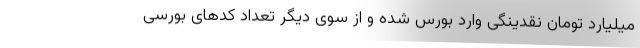
میلیارد تومان نقدینگی وارد بورس شده و از سوی دیگر تعداد کدهای بورسی